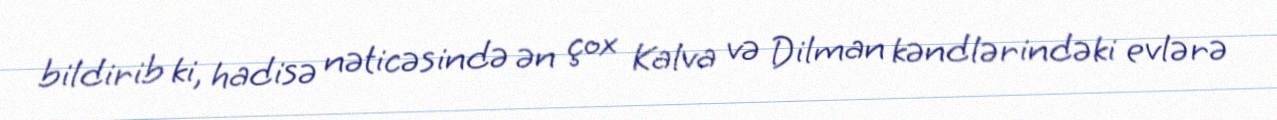
bildirib ki, hadisə nəticəsində ən çox Kalva və Dilman kəndlərindəki evlərə